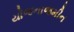
યોજનાજમીન